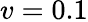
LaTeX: v=0.1